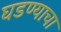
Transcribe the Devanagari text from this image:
घडण्याचा